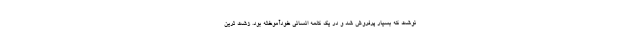
نوشت که بسیار پرفروش شد و در یک کلمه انسانی خودآموخته بود. زشت ترین